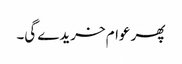
پھر عوام خریدے گی۔